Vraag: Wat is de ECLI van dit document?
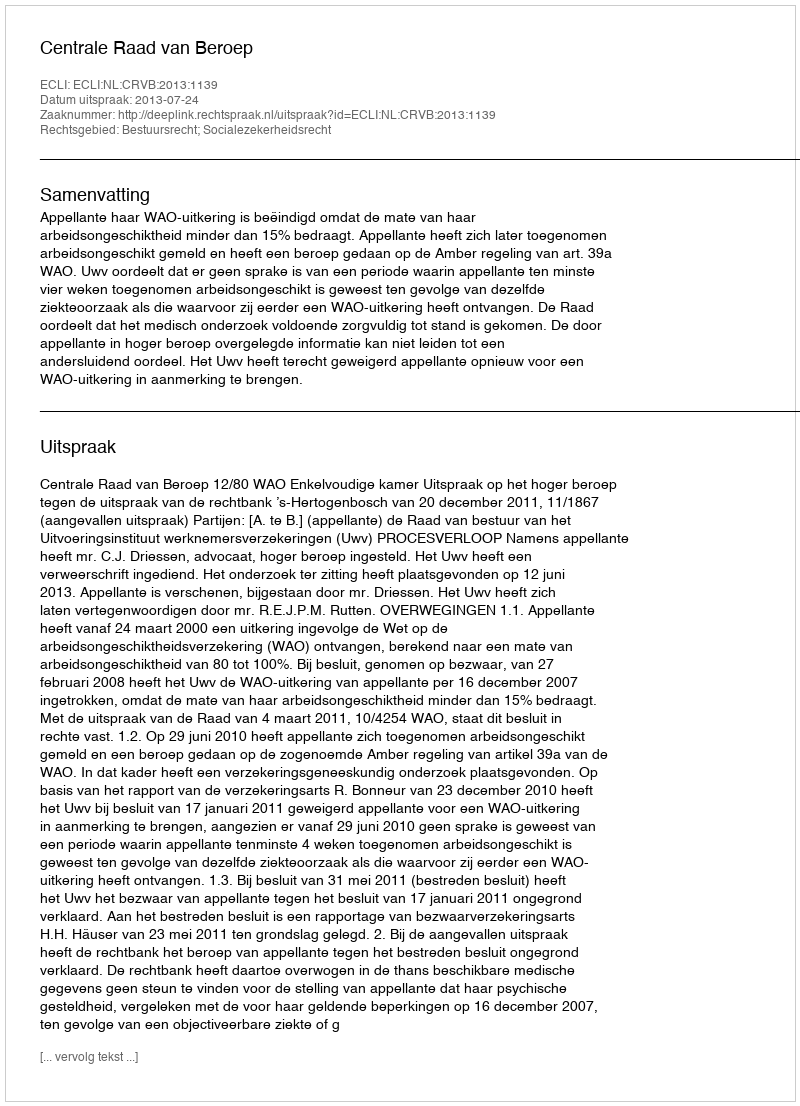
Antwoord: ECLI:NL:CRVB:2013:1139